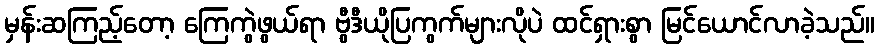
မှန်းဆကြည့်တော့ ကြေကွဲဖွယ်ရာ ဗွီဒီယိုပြကွက်များလိုပဲ ထင်ရှားစွာ မြင်ယောင်လာခဲ့သည်။